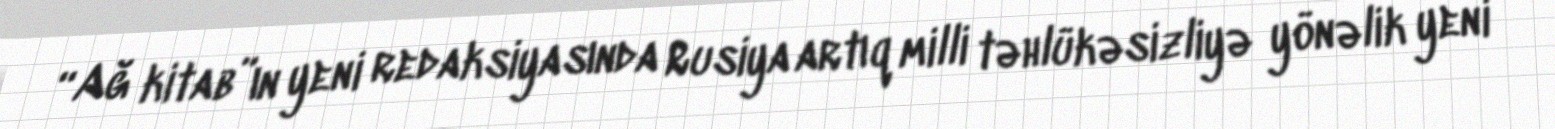
“Ağ kitab”ın yeni redaksiyasında Rusiya artıq milli təhlükəsizliyə yönəlik yeni